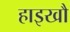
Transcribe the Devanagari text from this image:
हाइखौ